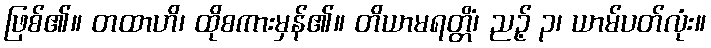
ဖြစ်၏။ တထာဟိ၊ ထိုစကားမှန်၏။ တိယာမရတ္တိံ၊ ညဉ့် ၃၊ ယာမ်ပတ်လုံး။